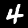
Label: 4